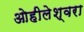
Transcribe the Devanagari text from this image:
ओहीलेश्वरा